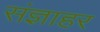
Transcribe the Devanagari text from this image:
संज्ञाहर